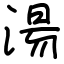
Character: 湯